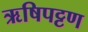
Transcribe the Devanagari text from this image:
ऋषिपट्टण